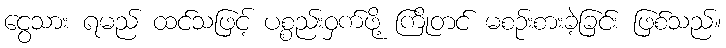
ငွေသား ရမည် ထင်သဖြင့် ပစ္စည်းဝှက်ဖို့ ကြိုတင် မစဉ်းစားခဲ့ခြင်း ဖြစ်သည်။